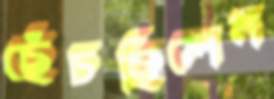
ছেঁচছিলেন